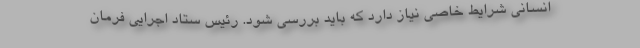
انسانی شرایط خاصی نیاز دارد که باید بررسی شود. رئیس ستاد اجرایی فرمان